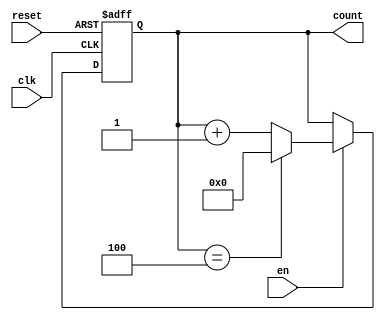
module BinaryCounter #(parameter n = 5, parameter x = 5) (input clk, reset, en, output [n-1:0]count);

reg [n-1:0] count;
always @(posedge clk, posedge reset) begin
 if (reset == 1)
    count <= 1'd0; 
 else if(en == 1)
 begin
    count <= count + 1; 
    if(count == x-1)
        count <= 0;
 end
 else
    count <= count;
end
endmodule